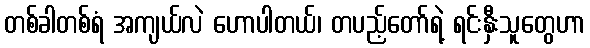
တစ်ခါတစ်ရံ အကျယ်လဲ ဟောပါတယ်၊ တပည့်တော်ရဲ့ ရင်းနှီးသူတွေဟာ